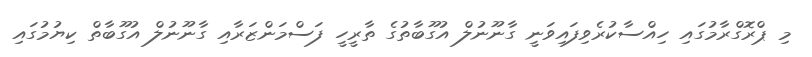
މި ޕްރޮގްރާމުގައި ހިއްސާކުރެވިފައިވަނީ ގާނޫނުލް އުގޫބާތުގެ ތާރީހީ ފަސްމަންޒަރާއި ގާނޫނުލް އުގޫބާތް ކިޔުމުގައި